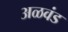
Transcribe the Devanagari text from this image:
अळवंड